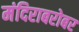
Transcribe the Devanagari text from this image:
मंदिराबरोबर